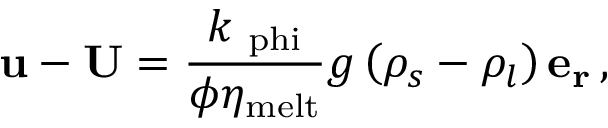
\mathbf { u } - \mathbf { U } = \frac { k _ { \mathrm { \ p h i } } } { \phi \eta _ { \mathrm { m e l t } } } { g } \left( \rho _ { s } - \rho _ { l } \right) \mathbf { e _ { r } } \, ,